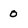
Character: 0